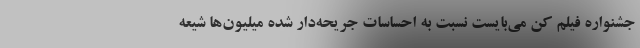
جشنواره فيلم كن مي‌بايست نسبت به احساسات جريحه‌دار شده ميليون‌ها شيعه